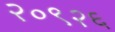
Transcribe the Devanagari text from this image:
२०९२६